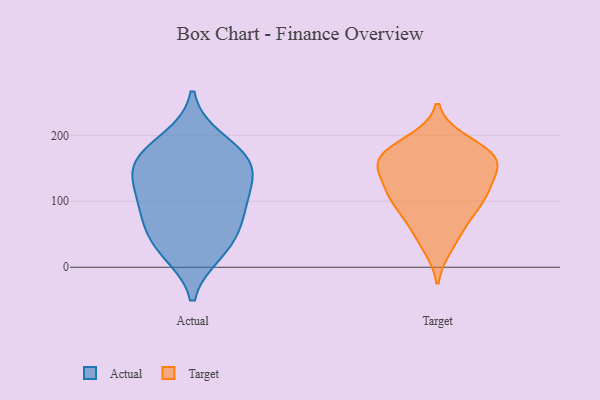
{"axis": {"x": "Population (Million)", "y": "Value"}, "legend": ["Actual", "Target"], "data": [{"x": "", "y": 86, "type": "Actual"}, {"x": "", "y": 159, "type": "Actual"}, {"x": "", "y": 142, "type": "Actual"}, {"x": "", "y": 165, "type": "Actual"}, {"x": "", "y": 109, "type": "Actual"}, {"x": "", "y": 192, "type": "Actual"}, {"x": "", "y": 24, "type": "Actual"}, {"x": "", "y": 55, "type": "Actual"}, {"x": "", "y": 94, "type": "Actual"}, {"x": "", "y": 153, "type": "Actual"}, {"x": "", "y": 34, "type": "Actual"}, {"x": "", "y": 32, "type": "Target"}, {"x": "", "y": 105, "type": "Target"}, {"x": "", "y": 151, "type": "Target"}, {"x": "", "y": 59, "type": "Target"}, {"x": "", "y": 103, "type": "Target"}, {"x": "", "y": 167, "type": "Target"}, {"x": "", "y": 161, "type": "Target"}, {"x": "", "y": 118, "type": "Target"}, {"x": "", "y": 179, "type": "Target"}, {"x": "", "y": 164, "type": "Target"}, {"x": "", "y": 191, "type": "Target"}, {"x": "", "y": 150, "type": "Target"}, {"x": "", "y": 78, "type": "Target"}, {"x": "", "y": 114, "type": "Target"}]}